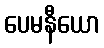
ပေမနီယော